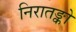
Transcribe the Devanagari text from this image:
निरातङ्को